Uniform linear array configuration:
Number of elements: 64
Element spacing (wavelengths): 0.25
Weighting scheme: binomial
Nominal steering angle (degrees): -30
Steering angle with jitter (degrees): -31.819
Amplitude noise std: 0.05
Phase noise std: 0.05

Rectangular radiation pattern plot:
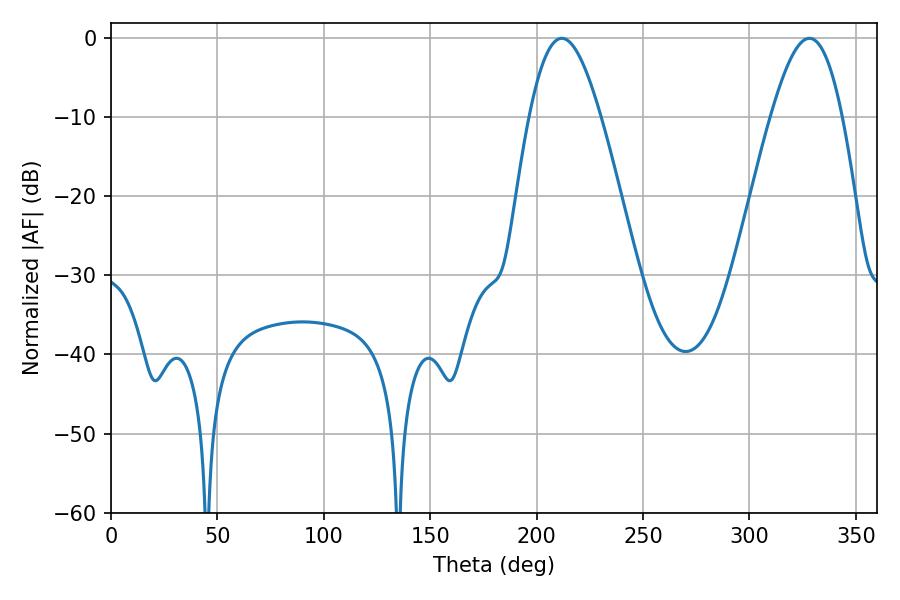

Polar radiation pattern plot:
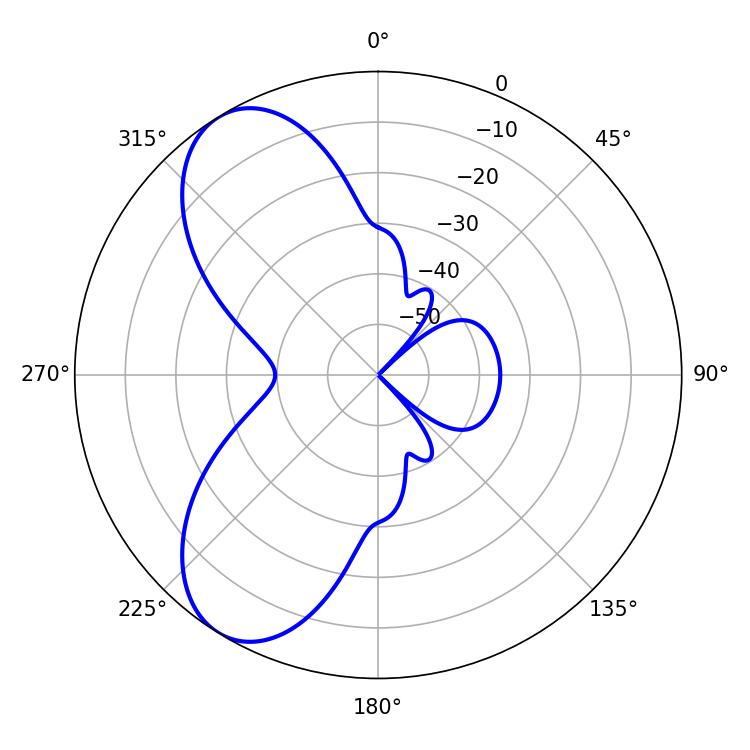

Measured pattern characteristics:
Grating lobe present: FALSE
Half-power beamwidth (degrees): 18.18
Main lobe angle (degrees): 211.86